Scottish Leaving Certificate Examination, 1959
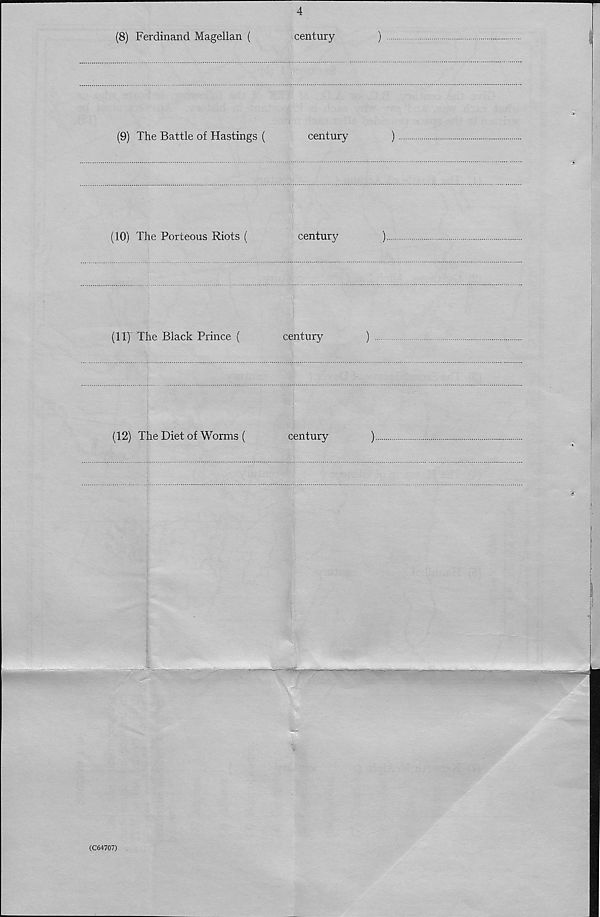
4
(8) Ferdinand Magellan (
century
)
(9) The Battle of Hastings (
century
)
(10) The Porteous Riots (
century
)
(II)' The Black Prince (
century
)
(12) The Diet of Worms (
century
)
(C64707)